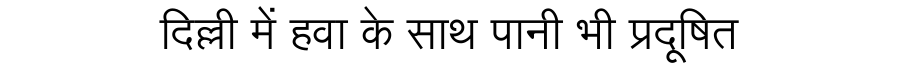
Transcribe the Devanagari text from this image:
दिल्ली में हवा के साथ पानी भी प्रदूषित